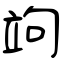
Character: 竘